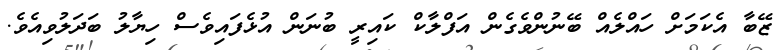
ޒޭބާ އެކަމަށް ހައްލެއް ބޭނުންވެގެން އަފްލާކް ކައިރީ ބުނަން އުޅެފައިވެސް ހިޔާލު ބަދަލުވިއެވެ.